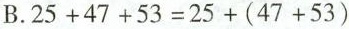
B.$$2 5 + 4 7 + 5 3 = 2 5 + ( 4 7 + 5 3 )$$